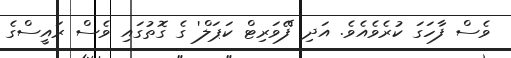
ވެސް ފާހަގަ ކުރެވެއެވެ. އަދި 'ފޭވަރިޓް ކަޕަލް' ގެ ގޮތުގައި ވެސް ރައީސްގެ